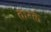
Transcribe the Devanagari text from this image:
क्रग्ले